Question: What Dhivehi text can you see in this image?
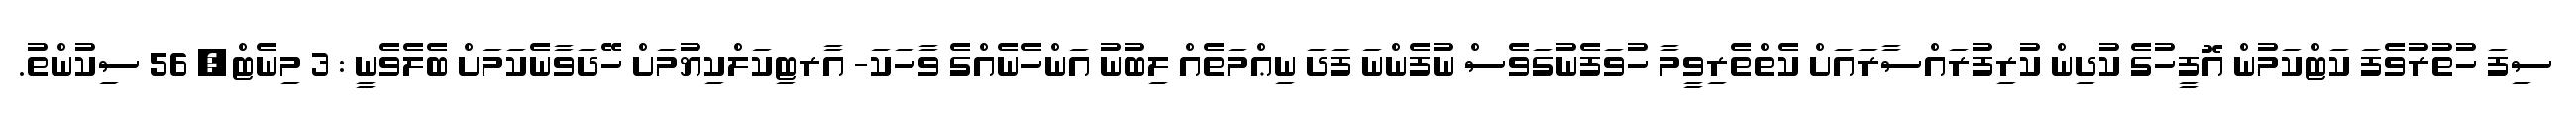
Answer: ސިފަ ހުތުރުވެފަ ކަޓްކަމުން އޮފީހުގެ ކުދިން ކުރިފުރައްސާރައަށް ކެތްތެރިވީމާ ހުވަފެނުގަވެސް ނުފެންނަ ފަދަ ނިޢްމަތެއް ލިބުނު އަންހެނެއްގެ ވާހަކަ- އާރޓިކަލްކިޔުމަށް ހޭދަވާނެކަމަށް ބެލެވެނީ : 3 މިނެޓް, 56 ސިކުންތު.